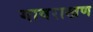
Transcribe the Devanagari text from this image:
गावराखण